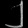
Digit: ၂